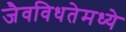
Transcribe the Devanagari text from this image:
जैवविधतेमध्ये